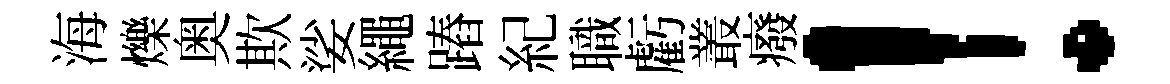
海爍奥欺娑繩蹖紀職虧叢癈！